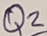
Text: Q2